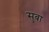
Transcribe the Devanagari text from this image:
सुबा